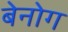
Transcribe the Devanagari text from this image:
बेनोग